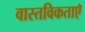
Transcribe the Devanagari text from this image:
वास्तविकताएॅ